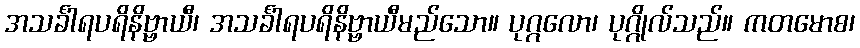
အသင်္ခါရပရိနိဗ္ဗာယီ၊ အသင်္ခါရပရိနိဗ္ဗာယီမည်သော။ ပုဂ္ဂလော၊ ပုဂ္ဂိုလ်သည်။ ကတမောစ၊